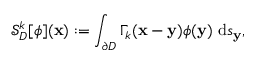
\mathcal { S } _ { D } ^ { k } [ \phi ] ( \mathbf { x } ) : = \int _ { \partial D } \Gamma _ { k } ( \mathbf { x } - \mathbf { y } ) \phi ( \mathbf { y } ) ~ \mathrm { d } s _ { \mathbf { y } } ,